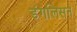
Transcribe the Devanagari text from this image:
डंगलिसन